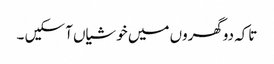
تاکہ دوگھروں میں خوشیاں آ سکیں ۔